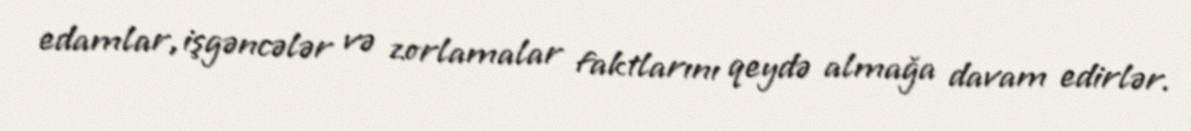
edamlar, işgəncələr və zorlamalar faktlarını qeydə almağa davam edirlər.